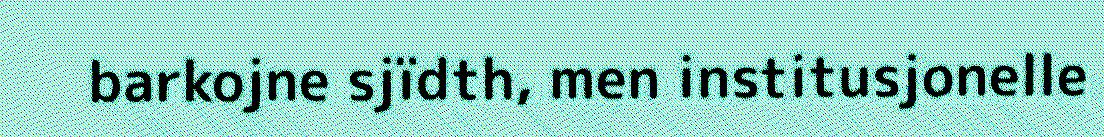
barkojne sjïdth, men institusjonelle